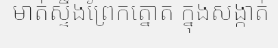
មាត់ស្ទឹងព្រែកត្នោត ក្នុងសង្កាត់